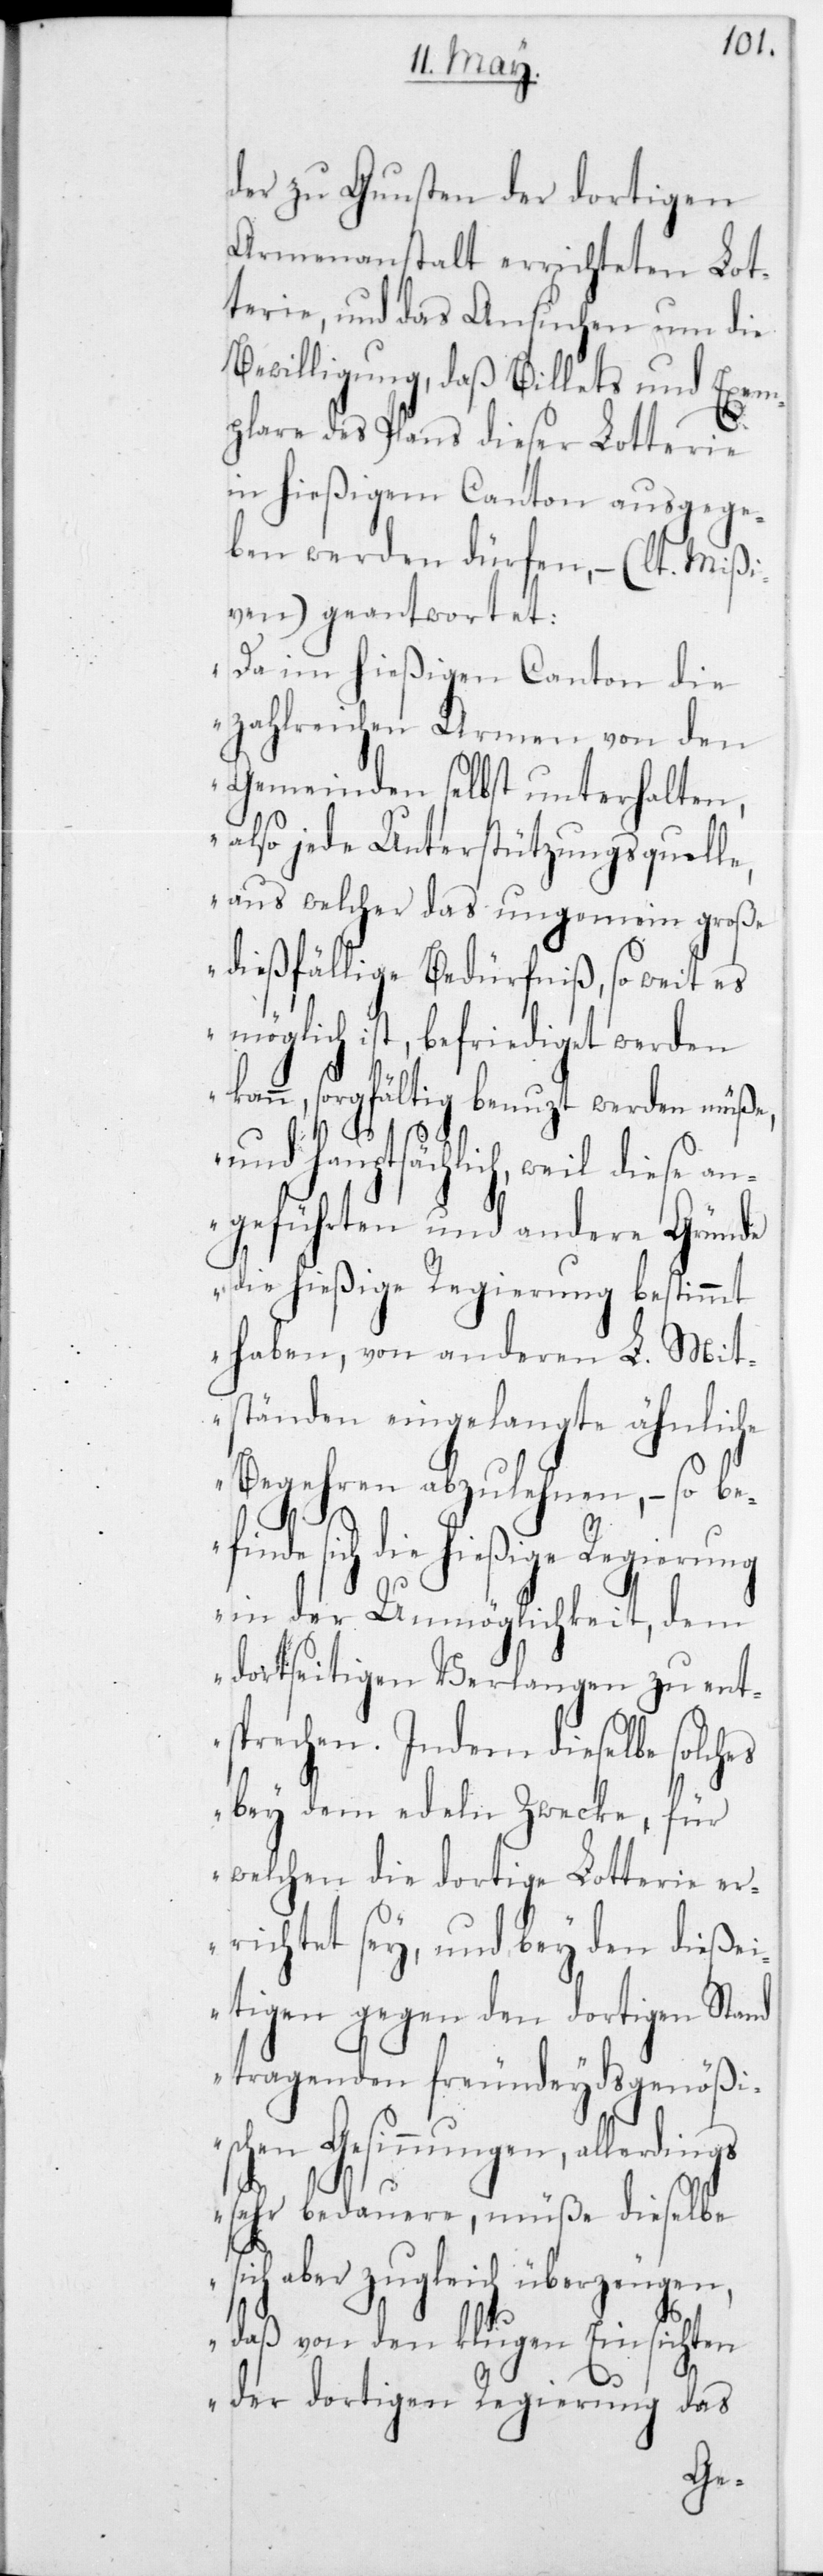
der zu Gunsten der dortigen
Armenanstalt errichteten Lot¬
terie, und das Ansuchen um die
Bewilligung, daß Billets und Exem¬
plare des Plans dieser Lotterie
in hießigem Canton ausgege¬
ben werden dürfen, (lt. Mißi¬
ven) geantwortet:
„Da im hießigen Canton die
zahlreichen Armen von den
Gemeinden selbst unterhalten,
also jede Unterstützungsquelle,
aus welcher das ungemein große
dießfällige Bedürfniß, so weit es
möglich ist, befriediget werden
kann, sorgfältig benutzt werden müße,
und hauptsächlich, weil diese an¬
geführten und andere Gründe
die hießige Regierung bestimmt
haben, von anderen L. Mit¬
ständen eingelangte ähnliche
Begehren abzulehnen, – so be¬
fi¬
gs
nde sich die hießige Regierung
in der Unmöglichkeit, dem
dortseitigen Verlangen zu ent¬
sprechen. Indem dieselbe solches
bey dem edeln Zwecke, für
welchen die dortige Lotterie er¬
richtet sey, und bey den dieße¬
itigen gegen den dortigen Stand
tragenden freundeydsgenößi¬
schen Gesinnungen, allerdin¬
sehr bedauere, müße dieselbe
sich aber zugleich überzeugen,
daß von den klugen Einsichten
der dortigen Regierung das